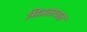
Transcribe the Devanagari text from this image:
मित्रतावत